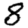
Digit: 8